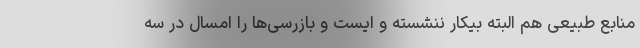
منابع طبیعی هم البته بیکار ننشسته و ایست و بازرسی‌ها را امسال در سه